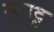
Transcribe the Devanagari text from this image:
सपट्ट